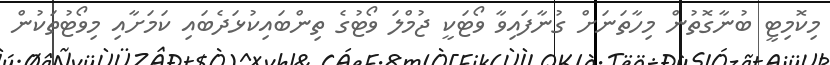
މިކޮމިޓީ ބުނާގޮތުން މިހާތަނަށް ގުނާފައިވާ ވޯޓަކީ ޖުމްލަ ވޯޓުގެ ތިންބައިކުޅަދެބައި ކަމަށާއި މިވޯޓުތަކުން